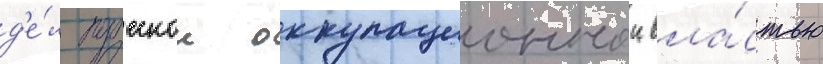
д'е́л прусскои оккупационнои вла́стью